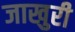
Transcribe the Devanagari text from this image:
जाखुरी